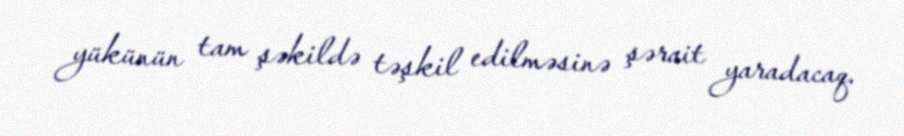
yükünün tam şəkildə təşkil edilməsinə şərait yaradacaq.